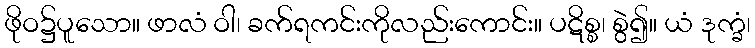
ဖိုဝ၌ပူသော။ ဖာလံ ဝါ၊ ခက်ရကင်းကိုလည်းကောင်း။ ပဋိစ္စ၊ စွဲ၍။ ယံ ဒုက္ခံ၊